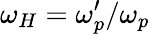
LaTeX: \omega_{H}=\omega_{p}^{\prime}/\omega_{p}